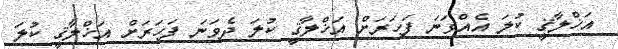
އަޚްލާޤީ ކުލަ އެއްވަނަ ފަހަރަށް އަޚްލާޤީ ކުލަ ދެވަނަ ފަހަރަށް އަޚްލާޤީ ކުލަ